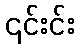
၎င်းင်း